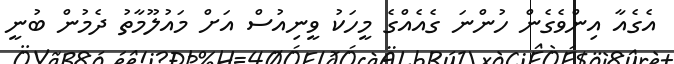
އެގެއާ އިންވެގެން ހުންނަ ގެއެއްގެ މީހަކު ވީނިއުސް އަށް މައުލޫމާތު ދެމުން ބުނީ